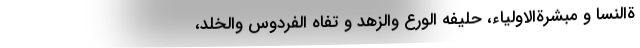
ةالنسا و مبشرةالاولیاء، حلیفه الورع والزهد و تفاه الفردوس والخلد،